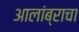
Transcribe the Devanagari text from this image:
आलांब्राचा